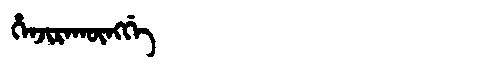
Manchu: ᡥᡝᠨᠵᡳᡵᠠᡴᡡᠩᡤᡝ
Romanization: HENJIRAKŪNGGE